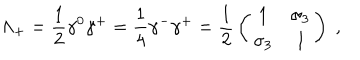
\Lambda _ { + } = { \frac { 1 } { 2 } } \gamma ^ { 0 } \gamma ^ { + } = { \frac { 1 } { 4 } } \gamma ^ { - } \gamma ^ { + } = { \frac { 1 } { 2 } } \left( \begin{array} { c c } { { 1 } } & { { \sigma _ { 3 } } } \\ { { \sigma _ { 3 } } } & { { 1 } } \\ \end{array} \right) \; ,